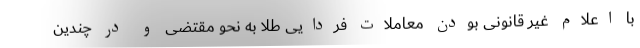
با اعلام غیر قانونی بودن معاملات فردایی طلا به نحو مقتضی و در چندین